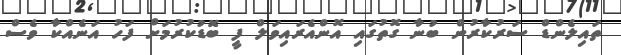
ތައިލެންޑް ސަރުކާރުން ބުނާ ގޮތުގައި އޮންއެރައިވަލް ފީ ބޮޑުކުރުމަށް ފަހު އަނެއްކާ ވެސް